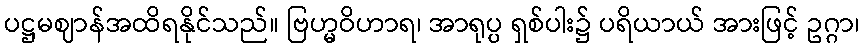
ပဋ္ဌမဈာန်အထိရနိုင်သည်။ ဗြဟ္မဝိဟာရ၊ အာရုပ္ပ ရှစ်ပါး၌ ပရိယာယ် အားဖြင့် ဥဂ္ဂာ၊